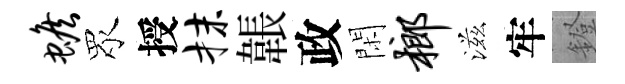
蟾眾授抹韔政閑榔滋牢鐙